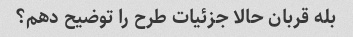
بله قربان حالا جزئیات طرح را توضیح دهم؟